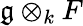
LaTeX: {\mathfrak{g}}\otimes_{k}F